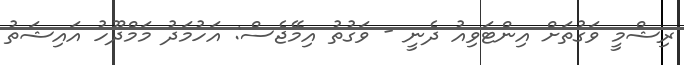
ރިޝްމީ ވަގުތަށް އިންޓަވިއު ދެނީ - ވަގުތު އިމޭޖެސް: އަހުމަދު މަމްދޫހު އައިޝަތު